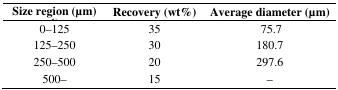
| Size region (μm) 1) | Recovery (wt%) | Average diameter (μm) |
 | --- | --- | --- |
 | 0–125 | 35 | 75.7 |
 | 125–250 | 30 | 180.7 |
 | 250–500 | 20 | 297.6 |
 | 500– | 15 | – |